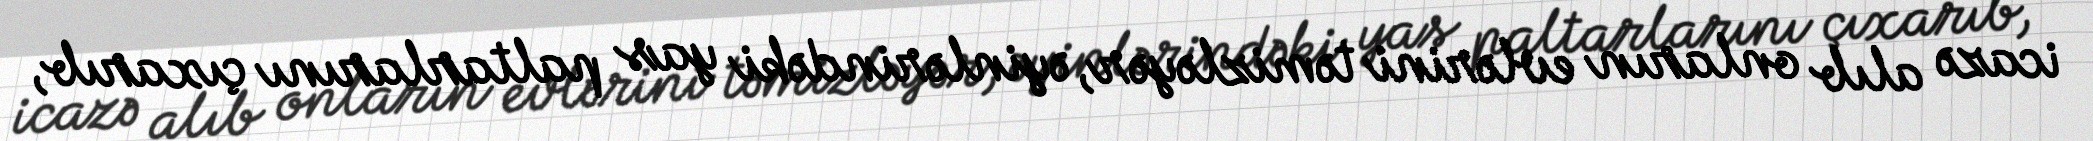
icazə alıb onların evlərini təmizləyər, əyinlərindəki yas paltarlarını çıxarıb,